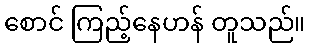
စောင် ကြည့်နေဟန် တူသည်။